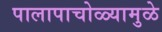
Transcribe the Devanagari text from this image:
पालापाचोळ्यामुळे